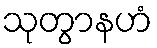
သုတွာနဟံ